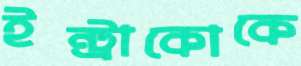
ইন্ট্রাকোকে